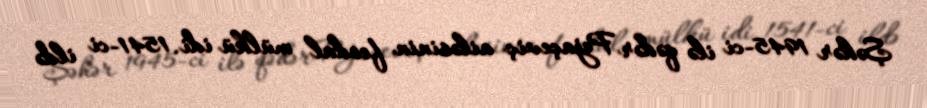
Şəhər 1945-ci ilə qədər Pejaçeviç ailəsinin feodal mülkü idi. 1541-ci ildə